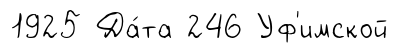
1925 Да́та 246 Уф'имской